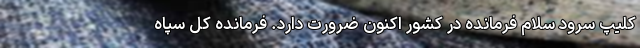
کلیپ سرود سلام فرمانده در کشور اکنون ضرورت دارد‌. فرمانده کل سپاه